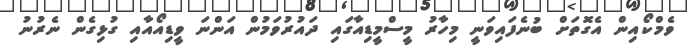
ވެމްކޯއިން އެގޮތަށް ބުނެފައިވަނީ މިހާރު މީސްމީޑިއާގައި ދައުރުވަމުން އަންނަ ވީޑިއޯއާއި ގުޅިގެން ނެރުނު